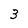
Character: 3